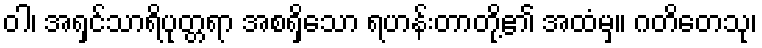
ဝါ၊ အရှင်သာရိပုတ္တရာ အစရှိသော ရဟန်းတာတို့၏ အထံမှ။ ဂတိတေသု၊